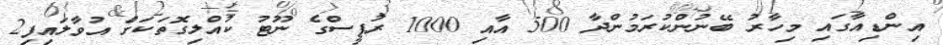
އިންޑިއާގައި މިހާރު ބޭނުންކުރަމުންދާ 500 އާއި 1000 ރުޕީސްގެ ނޫޓު ކުއްލިގޮތަކަށް އުވާލައިފި2